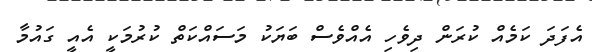
އެފަދަ ކަމެއް ކުރަން ދިވެހި އެއްވެސް ބަޔަކު މަސައްކަތް ކުރުމަކީ އެއީ ގައުމާ